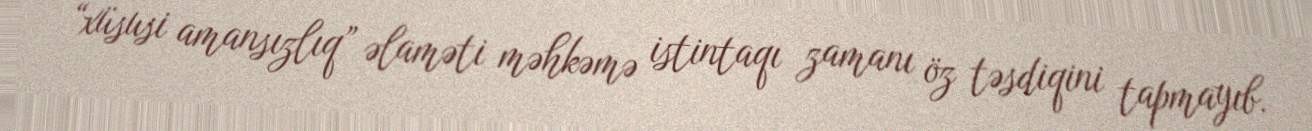
“xüsusi amansızlıq” əlaməti məhkəmə istintaqı zamanı öz təsdiqini tapmayıb.